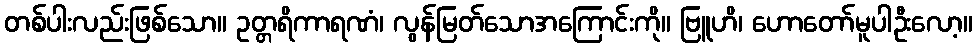
တစ်ပါးလည်းဖြစ်သော။ ဥတ္တရိကာရဏံ၊ လွန်မြတ်သောအကြောင်းကို။ ဗြူဟိ၊ ဟောတော်မူပါဦးလော့။